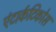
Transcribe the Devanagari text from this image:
एंटार्कटिकोस